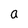
Character: a